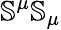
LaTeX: \mathbb{S}^{\mu}\mathbb{S}_{\mu}